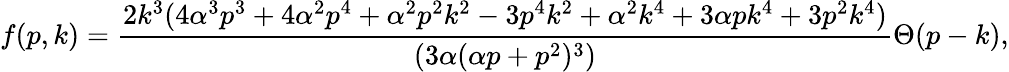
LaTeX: f(p,k)={\frac{2k^{3}(4\alpha^{3}p^{3}+4\alpha^{2}p^{4}+\alpha^{2}p^{2}k^{2}-3p^{4}k^{2}+\alpha^{2}k^{4}+3\alpha pk^{4}+3p^{2}k^{4})}{(3\alpha(\alpha p+p^{2})^{3})}}\Theta(p-k),